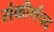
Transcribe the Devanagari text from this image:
संकीर्णपद